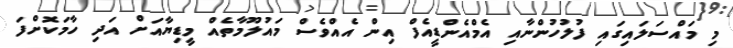
މި މައްސަލައިގައި ފުލުހުންނާއި އެމްއެންޑީއެފް އިން އެއްވެސް މައުލޫމާތެއް މީޑިޔާއަށް އަދި ހާމަކޮށްފަ